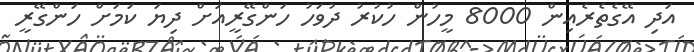
އަދި އޭގެތެރެއިން 8000 މީހުން ހުކުރު ދުވަހު ހަންގޭރީއަށް ދިޔަ ކަމަށް ހަންގޭރީ